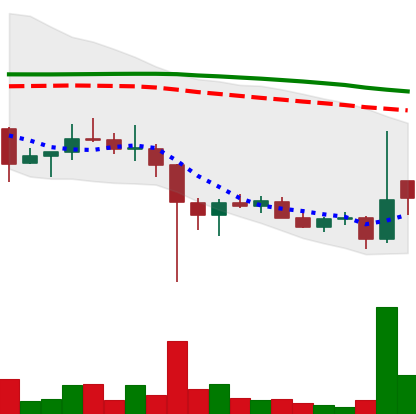
Ticker: DOGE-USD
Chart end date: 2021-12-15
Forward return: -7.599%
Label: down_7plus